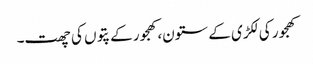
کھجور کی لکڑی کے ستون،کھجور کے پتوں کی چھت۔